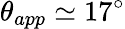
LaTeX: \theta_{app}\simeq 17^{\circ}